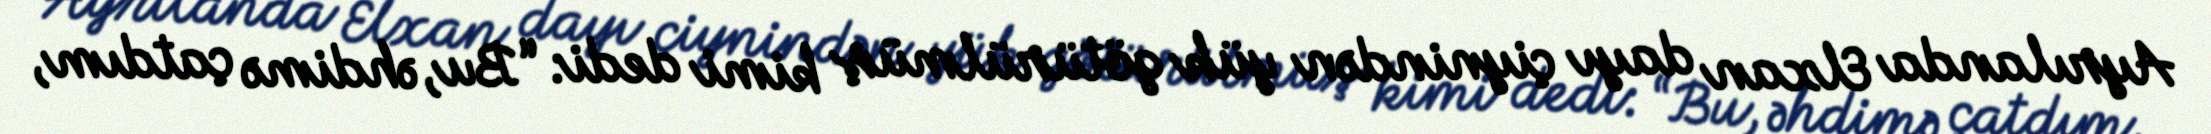
Ayrılanda Elxan dayı çiynindən yük götürülmüş kimi dedi: “Bu, əhdimə çatdım,